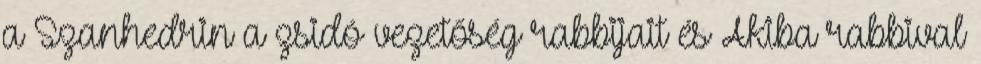
a Szanhedrin a zsidó vezetőség rabbijait és Akiba rabbival